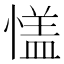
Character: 㦈